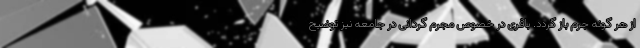
از هر گونه جرم باز گردد. باقری در خصوص مجرم گردانی در جامعه نیز توضیح